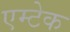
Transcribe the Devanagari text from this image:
एम्टेक